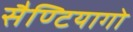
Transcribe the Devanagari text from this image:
सैण्टियागो